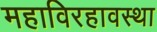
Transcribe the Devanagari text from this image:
महाविरहावस्था